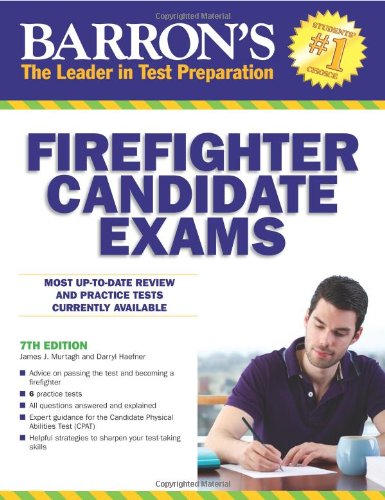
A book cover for Barron's Firefighter Candidate Exams, 7th Edition (Barron's Firefighter Exams); James Murtagh; Test Preparation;